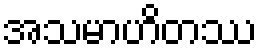
အသမာဟိတဿ